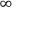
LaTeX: \mathbf { \Omega } ^ { \infty }